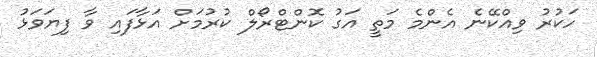
ހަކުރު ވިއްކޭނެ އެންމެ މަތީ އަގު ކޮންޓްރޯލް ކުރުމަށް އަޅާފައި ވާ ފިޔަވަޅު